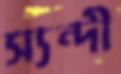
স্যন্দী